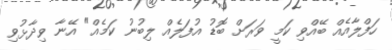
ހަފްލާއެއް ބޭއްވި ކަމީ ވަރަށް ބޮޑު އުފަލެއް ލިބުނު ކަމެއް" އޭނާ ވިދާޅުވި